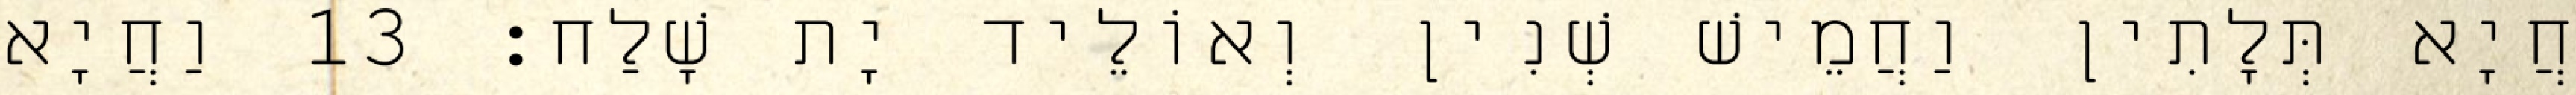
חֲיָא תְּלָתִין וַחֲמֵישׁ שְׁנִין וְאוֹלֵיד יָת שָׁלַח׃ 13 וַחֲיָא